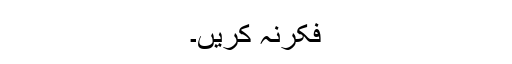
فکرنہ کریں۔